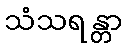
သံသရန္တာ